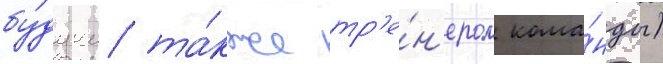
бу́дучи та́кже тр'е́н'ером кома́нды)